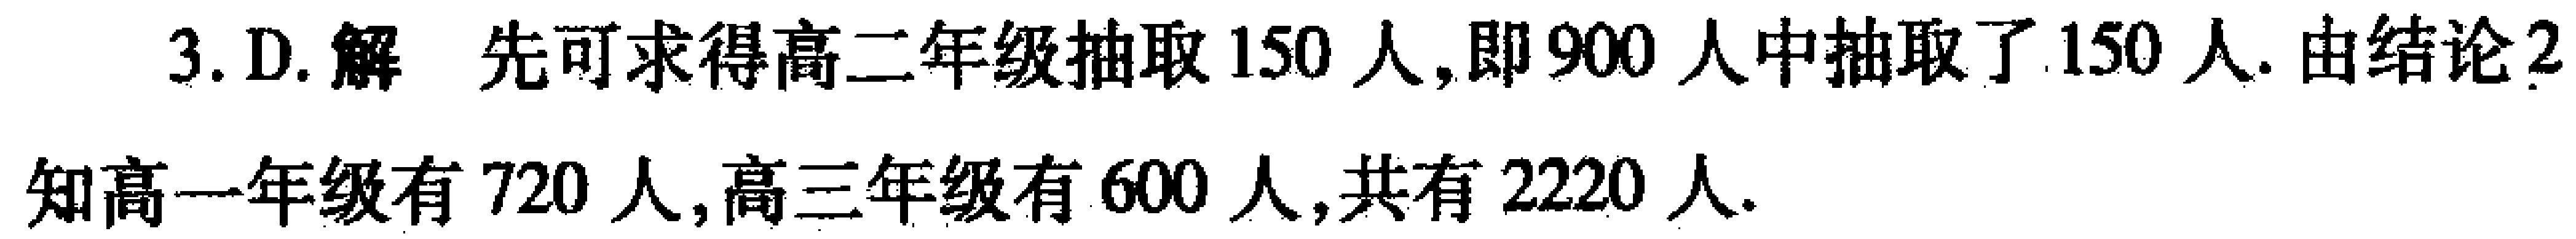
3. D. 解 先可求得高二年级抽取 150 人,即 900 人中抽取了 150 人.由结论2
知高一年级有 720 人,高三年级有 600 人,共有 2220 人.